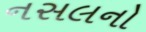
નસલનો